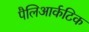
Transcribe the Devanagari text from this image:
पैलिआर्कटिक